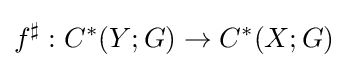
f^{\sharp }:C^{*}(Y;G)\to C^{*}(X;G)